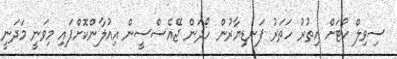
ސިވިލް ކޯޓަށް އިތުރު ހަތަރު ފަނޑިޔާރުން ހޯދަން ޖޭއެސްސީން އިއުލާންކޮށްފައި މިވަނީ މަދަނީ